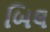
બિલ